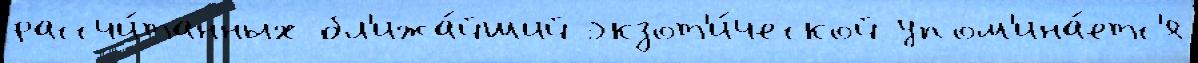
рассчи́танных бл'ижа́йший экзот'и́ческой упом'ина́етс'я